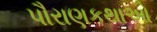
પૌરાણકથાઓ